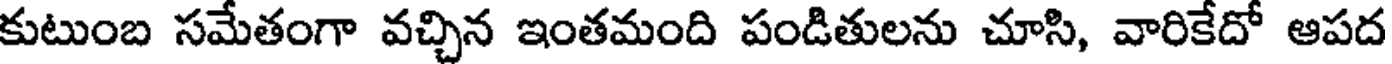
కుటుంబ సమేతంగా వచ్చిన ఇంతమంది పండితులను చూసి, వారికేదో ఆపద